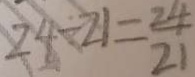
2 4 \div 2 1 = \frac { 2 4 } { 2 1 }